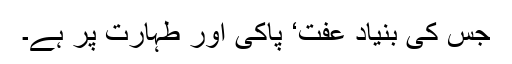
جس کی بنیاد عفت‘ پاکی اور طہارت پر ہے۔